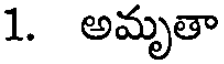
1. అమృతా